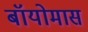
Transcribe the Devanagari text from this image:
बॉयोमास